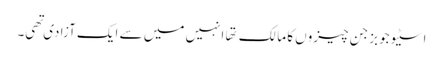
اسٹیو جوبز جن چیزوں کا مالک تها انہیں میں سے ایک آزادی تهی۔